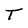
Character: T